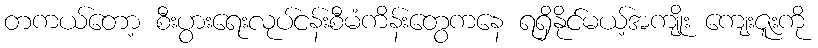
တကယ်တော့ စီးပွားရေးလုပ်ငန်းစီမံကိန်းတွေကနေ ရရှိနိုင်မယ့်အကျိုး ကျေးဇူးကို